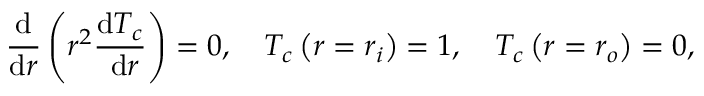
\frac { \mathrm { d } } { \mathrm { d } r } \left( r ^ { 2 } \frac { \mathrm { d } T _ { c } } { \mathrm { ~ d } r } \right) = 0 , \quad T _ { c } \left( r = r _ { i } \right) = 1 , \quad T _ { c } \left( r = r _ { o } \right) = 0 ,